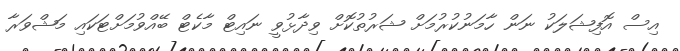
އިސް އޮފިޝަލަކު ނަން ހާމަނުކުރުމަށް ޝަރުތުކޮށް ވިދާޅުވީ ނައިޓް މާކެޓް ބޭއްވުމަށްޓަކައި މަޝްވަރާ